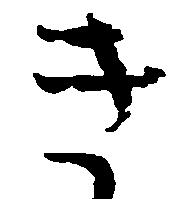
き